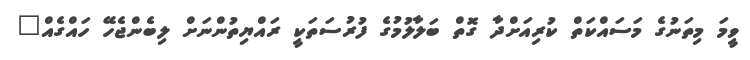
ވީމަ މިތަނުގެ މަސައްކަތް ކުރިއަށްދާ ގޮތް ބަލާލުމުގެ ފުރުސަތަކީ ރައްޔިތުންނަށް ލިބެންޖެހޭ ހައްގެއް"